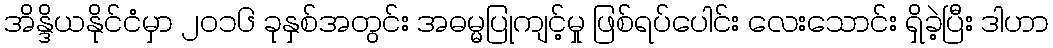
အိန္ဒိယနိုင်ငံမှာ ၂၀၁၆ ခုနှစ်အတွင်း အဓမ္မပြုကျင့်မှု ဖြစ်ရပ်ပေါင်း လေးသောင်း ရှိခဲ့ပြီး ဒါဟာ